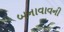
બનાવાવની